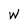
Character: w